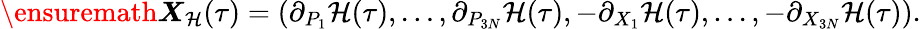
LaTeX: \begin{array}{r}{\ensuremath{\boldsymbol{X}}_{\mathcal{H}}(\tau)=\left(\partial_{P_{1}}\mathcal{H}(\tau),\ldots,\partial_{P_{3N}}\mathcal{H}(\tau),-\partial_{X_{1}}\mathcal{H}(\tau),\ldots,-\partial_{X_{3N}}\mathcal{H}(\tau)\right).}\end{array}